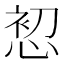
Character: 𭝘